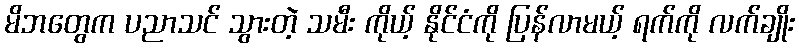
မိဘတွေက ပညာသင် သွားတဲ့ သမီး ကိုယ့် နိုင်ငံကို ပြန်လာမယ့် ရက်ကို လက်ချိုး